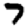
Digit: 7